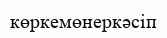
көркемөнеркәсіп